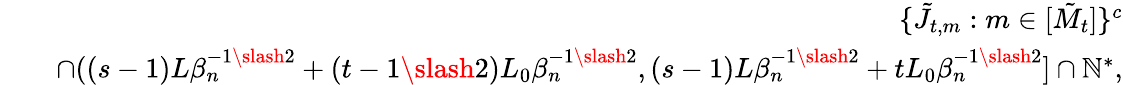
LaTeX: \begin{array}{rlr}&{}&{\{ \tilde{J}_{t,m}:m\in[\tilde{M}_{t}]\} ^{c}}\\ &{}&{\cap((s-1)L\beta_{n}^{-1\slash 2}+(t-1\slash 2)L_{0}\beta_{n}^{-1\slash 2},(s-1)L\beta_{n}^{-1\slash 2}+tL_{0}\beta_{n}^{-1\slash 2}]\cap\mathbb{N}^{*},}\end{array}